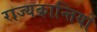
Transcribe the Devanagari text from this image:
राज्यक्रान्तियों